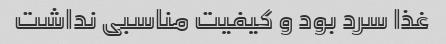
غذا سرد بود و کیفیت مناسبی نداشت